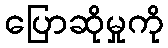
ပြောဆိုမှုကို